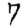
Digit: 7